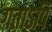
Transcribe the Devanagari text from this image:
गताऽपि